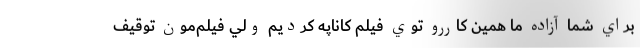
براي شما آزاده ما همين کاررو توي فيلم کاناپه کرديم ولي فيلم‌مون توقيف